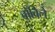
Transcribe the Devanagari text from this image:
वोविले